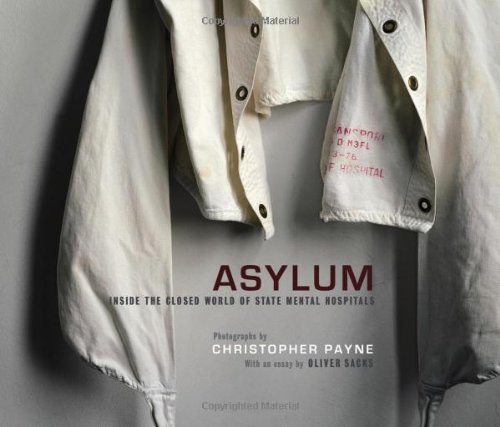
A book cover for Asylum: Inside the Closed World of State Mental Hospitals; Christopher Payne; Arts & Photography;